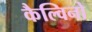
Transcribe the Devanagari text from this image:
कैल्विनो